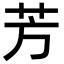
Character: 芳